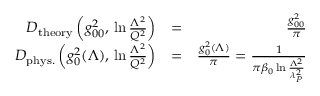
\begin{array} { r l r } { D _ { \mathrm { t h e o r y } } \left( g _ { 0 0 } ^ { 2 } , \, \ln { \frac { \Lambda ^ { 2 } } { Q ^ { 2 } } } \right) } & { = } & { { \frac { g _ { 0 0 } ^ { 2 } } { \pi } } } \\ { D _ { \mathrm { p h y s . } } \left( g _ { 0 } ^ { 2 } ( \Lambda ) , \, \ln { \frac { \Lambda ^ { 2 } } { Q ^ { 2 } } } \right) } & { = } & { { \frac { g _ { 0 } ^ { 2 } ( \Lambda ) } { \pi } } = { \frac { 1 } { \pi \beta _ { 0 } \ln { \frac { \Lambda ^ { 2 } } { \lambda _ { P } ^ { 2 } } } } } } \end{array}